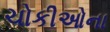
ચોકીઓના